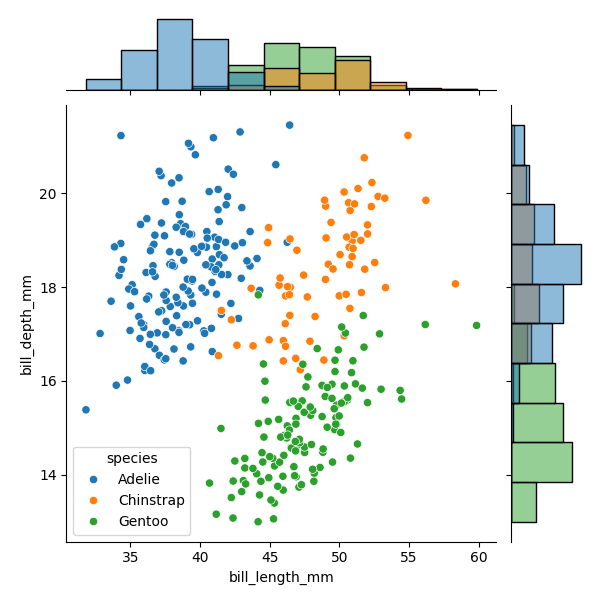
python, seaborn, JointGrid, scatterplot, histplot, hue